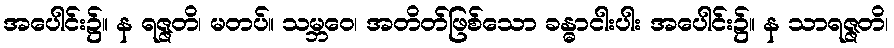
အပေါင်း၌။ န ရဇ္ဇတိ၊ မတပ်။ သမ္ဘဝေ၊ အတိတ်ဖြစ်သော ခန္ဓာငါးပါး အပေါင်း၌။ န သာရဇ္ဇတိ၊